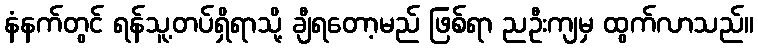
နံနက်တွင် ရန်သူ့တပ်ရှိရာသို့ ချီရတော့မည် ဖြစ်ရာ ညဦးကျမှ ထွက်လာသည်။